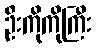
ဦးကိုကိုကြီး